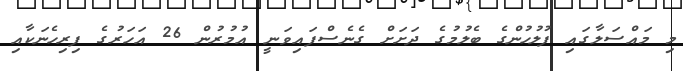
މި މައްސަލާގައި ފުލުހުންގެ ބެލުމުގެ ދަށަށް ގެނެސްފައިވަނީ އުމުރުން 26 އަހަރުގެ ފިރިހެނަކާއި